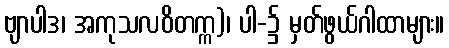
ဗျာပါဒ၊ အကုသလဝိတက္က)၊ ပါ-၌ မှတ်ဖွယ်ဂါထာများ။